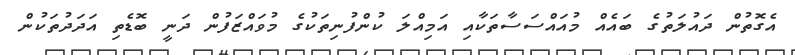
އެގޮތުން ދައުލަތުގެ ބައެއް މުއައްސަސާތަކާއި އަމިއްލަ ކުންފުނިތަކުގެ މުވައްޒަފުން ދަނީ ބޮޑެތި އަދަދުތަކުން